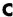
C